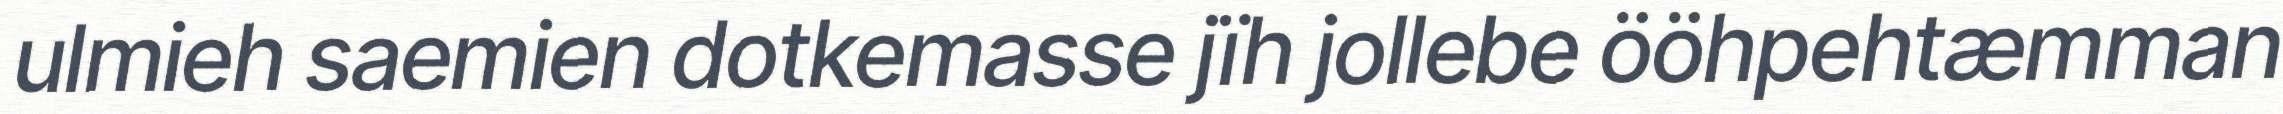
ulmieh saemien dotkemasse jïh jollebe ööhpehtæmman